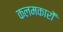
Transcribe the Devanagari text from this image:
कलमकारों